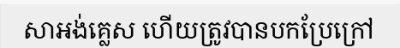
សាអង់គ្លេស ហើយត្រូវបានបកប្រែក្រៅ